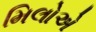
મિલોએ